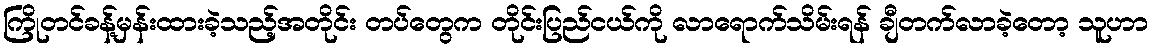
ကြိုတင်ခန့်မှန်းထားခဲ့သည့်အတိုင်း တပ်တွေက တိုင်းပြည်ငယ်ကို လာရောက်သိမ်းရန် ချီတက်လာခဲ့တော့ သူဟာ